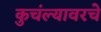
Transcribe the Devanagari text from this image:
कुचंल्यावरचे